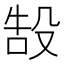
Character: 𬆧